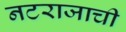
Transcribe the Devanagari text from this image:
नटराजाची